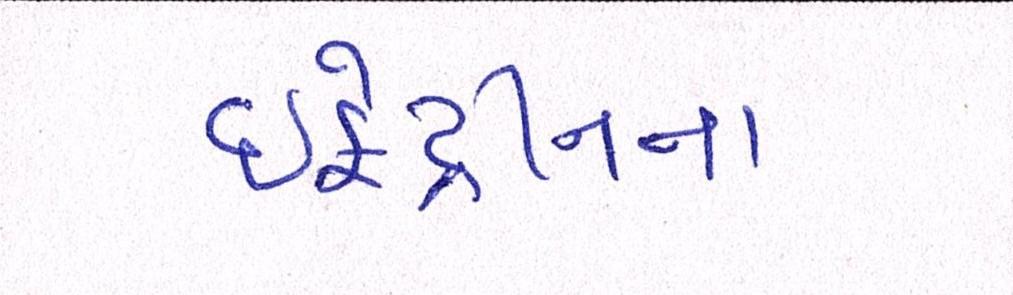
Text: ઇફેડ્રીનના